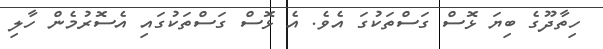
ހިތާދޫގެ ބިޔަ ޅޮސް ގަސްތަކުގަ އެވެ. އެ ޅޮސް ގަސްތަކުގައި އެސޮރުމެން ހާލި